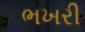
ભખરી